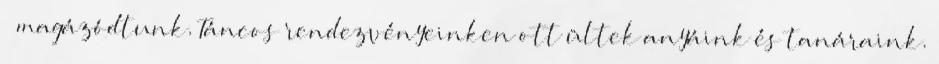
– magázódtunk. Táncos rendezvényeinken ott ültek anyáink és tanáraink.